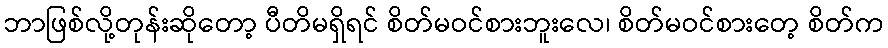
ဘာဖြစ်လို့တုန်းဆိုတော့ ပီတိမရှိရင် စိတ်မဝင်စားဘူးလေ၊ စိတ်မဝင်စားတေ့ စိတ်က